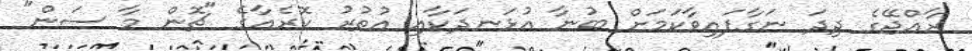
ރާއްޖޭގެ ދިދަ ނަގާފައިވާކަމަށް ބުނާ އުޅަނދަކާއި އުތުރު ކޮރެއާގެ "ޗޮން މާ ސަން"